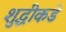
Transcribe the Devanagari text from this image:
शुद्धीकडे